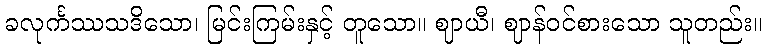
ခလုင်္ကဿသဒိသော၊ မြင်းကြမ်းနှင့် တူသော။ ဈာယီ၊ ဈာန်ဝင်စားသော သူတည်း။